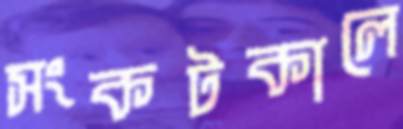
সংকটকালে